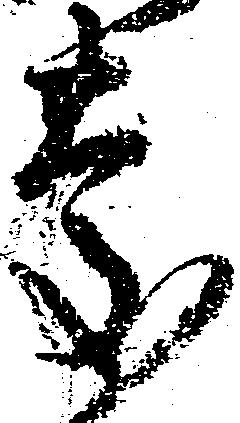
慶